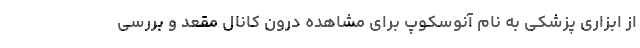
از ابزاری پزشکی به نام آنوسکوپ برای مشاهده درون کانال مقعد و بررسی